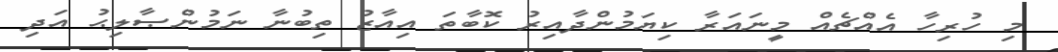
މި ހުރިހާ އެއްޗެއް މީނައަރާ ކިޔަމުންދާއިރު ކޮބާތަ އިއާޒު ތިބުނާ ނަމުންޞާލިޙު އަދި